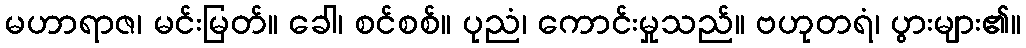
မဟာရာဇ၊ မင်းမြတ်။ ခေါ၊ စင်စစ်။ ပုညံ၊ ကောင်းမှုသည်။ ဗဟုတရံ၊ ပွားများ၏။